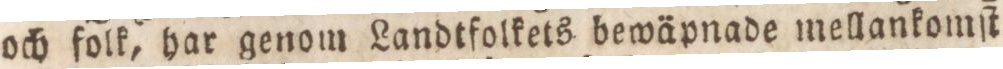
och folk, har genom Landtfolkets bewäpnade mellankomſt